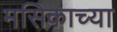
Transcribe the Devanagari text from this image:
मसिकाच्या